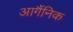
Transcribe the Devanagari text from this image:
आर्गैनिक